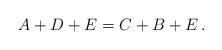
LaTeX: \begin{align*}A+D+E = C+B+E \,.\end{align*}